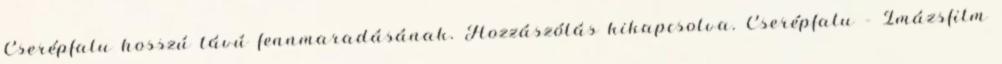
Cserépfalu hosszú távú fennmaradásának. Hozzászólás kikapcsolva. Cserépfalu – Imázsfilm